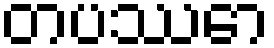
တပဿော